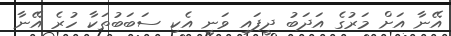
އޭނާ އަށް މަރުގެ އަދަބު ދީފައި ވަނީ އެކި ސަބަބުތަކާ ހުރެ އޭނާ